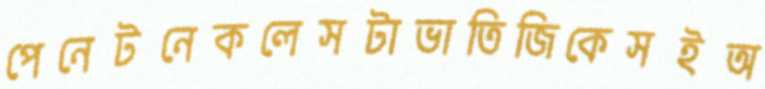
পেনেটনেকলেসটাভাতিজিকেসইঅ